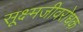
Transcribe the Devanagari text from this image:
सूक्ष्मजीवरोधक